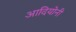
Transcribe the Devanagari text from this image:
आदियोनी